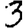
Digit: 3